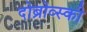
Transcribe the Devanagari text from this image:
दोब्रोव्स्की